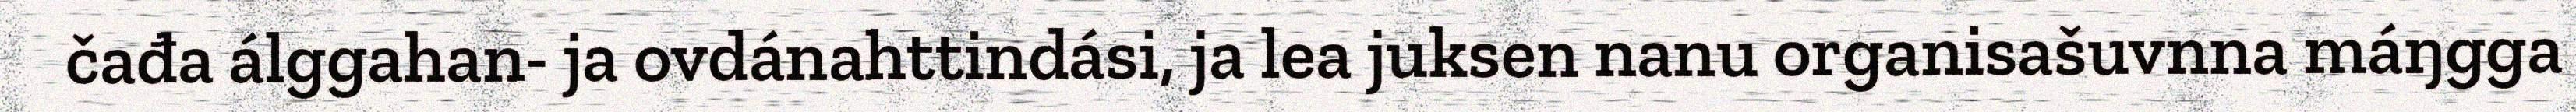
čađa álggahan- ja ovdánahttindási, ja lea juksen nanu organisašuvnna máŋgga